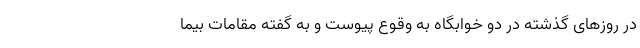
در روزهای گذشته در دو خوابگاه به وقوع پیوست و به گفته مقامات بیما